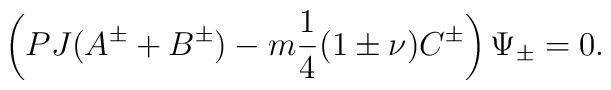
\left(PJ(A^\pm+B^\pm)-m\frac{1}{4}(1\pm \nu)C^\pm\right)\Psi_\pm=0.